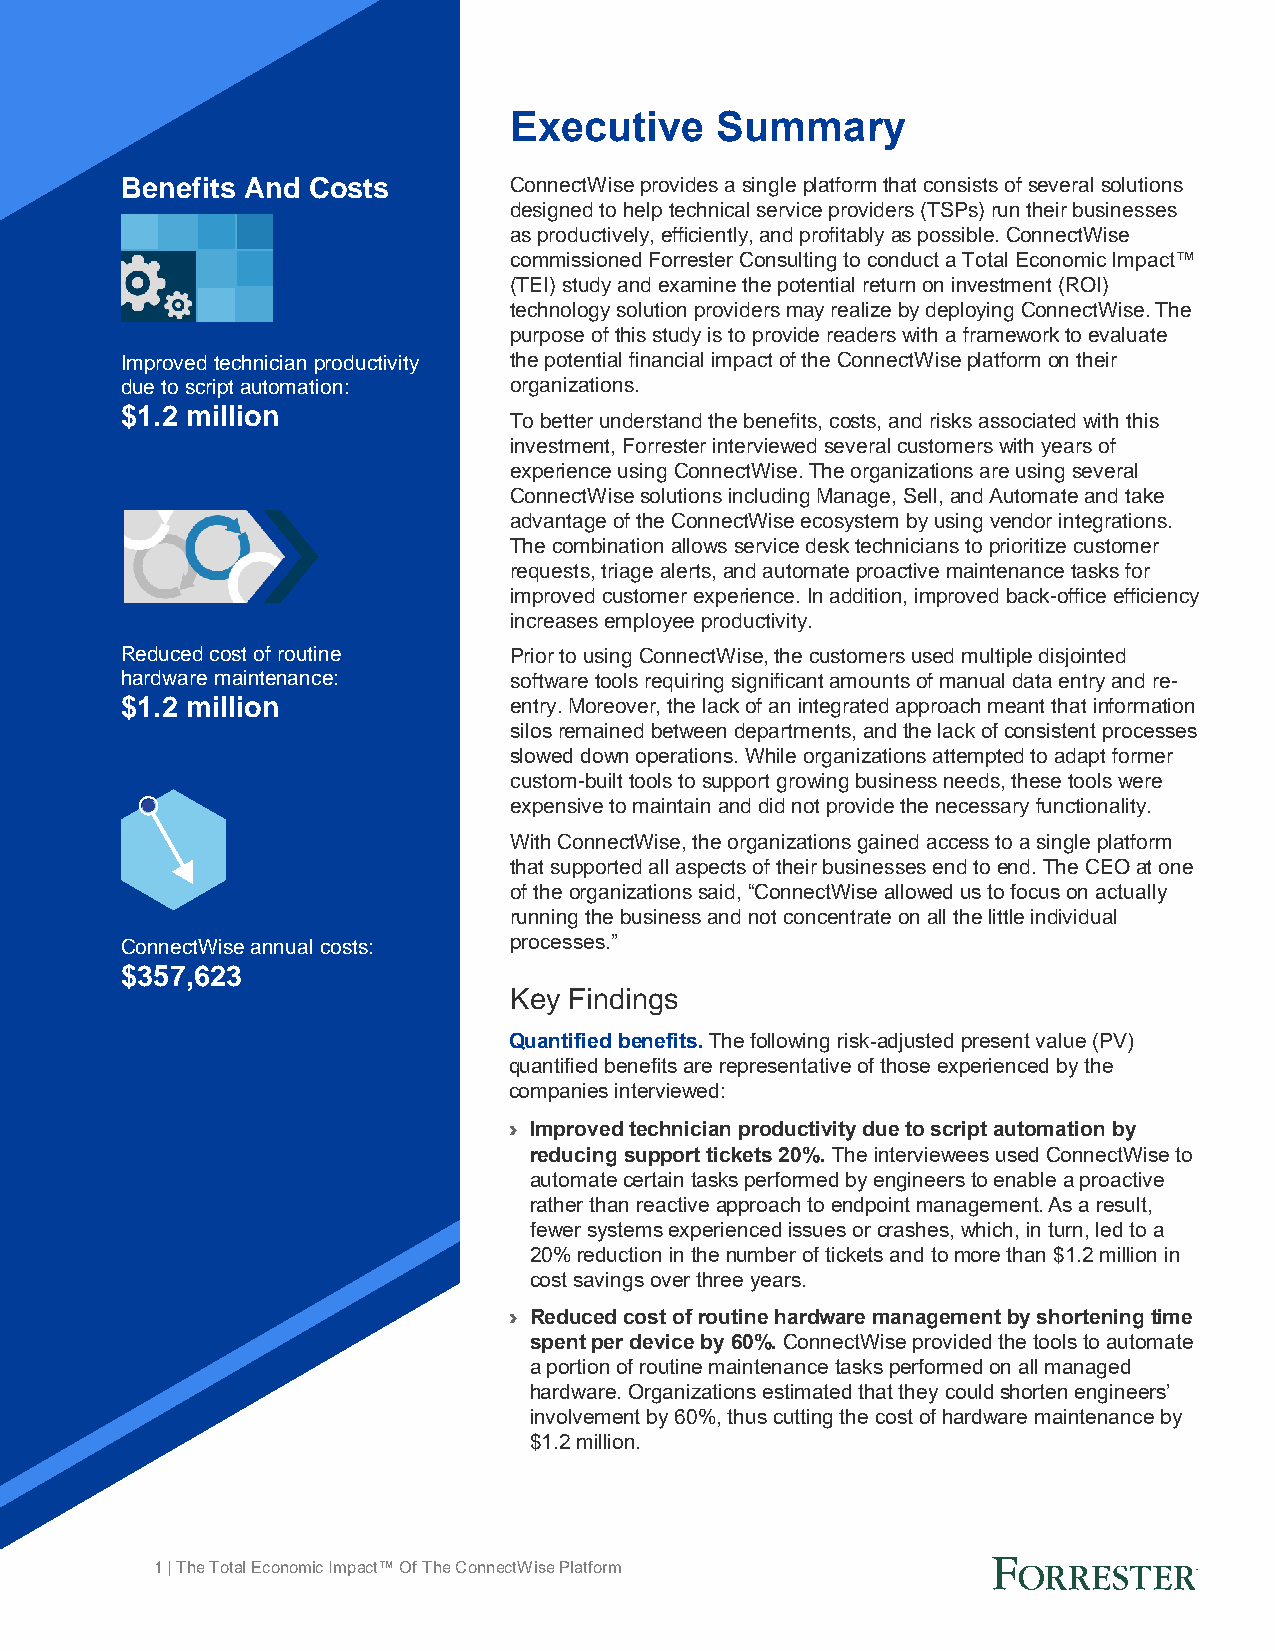
Executive    Summary
 Benefits And Costs        ConnectWise provides a single platform that consists of several solutions
 designed to help technical service providers (TSPs) run their businesses
 as productively, efficiently, and profitably as possible. ConnectWise
 commissioned Forrester Consulting to conduct a Total Economic Impact™
 (TEI) study and examine the potential return on investment (ROI)
 technology solution providers may realize by deploying ConnectWise. The
 purpose of this study is to provide readers with a framework to evaluate
 Improved technician productivity the potential financial impact of the ConnectWise platform on their
 due to script automation: organizations.
 $1.2 million
 To better understand the benefits, costs, and risks associated with this
 investment, Forrester interviewed several customers with years of
 experience using ConnectWise. The organizations are using several
 ConnectWise solutions including Manage, Sell, and Automate and take
 advantage of the ConnectWise ecosystem by using vendor integrations.
 The combination allows service desk technicians to prioritize customer
 requests, triage alerts, and automate proactive maintenance tasks for
 improved customer experience. In addition, improved back-office efficiency
 increases employee productivity.
 Reduced cost of routine   Prior to using ConnectWise, the customers used multiple disjointed
 hardware maintenance:     software tools requiring significant amounts of manual data entry and re-
 $1.2 million              entry. Moreover, the lack of an integrated approach meant that information
 silos remained between departments, and the lack of consistent processes
 slowed down operations. While organizations attempted to adapt former
 custom-built tools to support growing business needs, these tools were
 expensive to maintain and did not provide the necessary functionality.
 With ConnectWise, the organizations gained access to a single platform
 that supported all aspects of their businesses end to end. The CEO at one
 of the organizations said, “ConnectWise allowed us to focus on actually
 running the business and not concentrate on all the little individual
 ConnectWise annual costs: processes.”
 $357,623
 Key Findings
 Quantified benefits. The following risk-adjusted present value (PV)
 quantified benefits are representative of those experienced by the
 companies interviewed:
 › Improved technician productivity due to script automation by
 reducing support tickets 20%. The interviewees used ConnectWise to
 automate certain tasks performed by engineers to enable a proactive
 rather than reactive approach to endpoint management. As a result,
 fewer systems experienced issues or crashes, which, in turn, led to a
 20% reduction in the number of tickets and to more than $1.2 million in
 cost savings over three years.
 › Reduced cost of routine hardware management by shortening time
 spent per device by 60%. ConnectWise provided the tools to automate
 a portion of routine maintenance tasks performed on all managed
 hardware. Organizations estimated that they could shorten engineers’
 involvement by 60%, thus cutting the cost of hardware maintenance by
 $1.2 million.
 1 | The Total Economic Impact™ Of The ConnectWise Platform